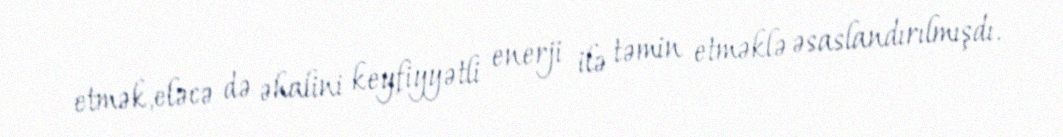
etmək,eləcə də əhalini keyfiyyətli enerji ilə təmin etməklə əsaslandırılmışdı.